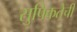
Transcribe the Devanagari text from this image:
सुपिकतेची